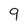
Character: 9